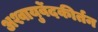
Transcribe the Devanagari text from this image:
अश्वायुर्वेदकीर्तन